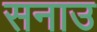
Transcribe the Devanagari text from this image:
सनाउ